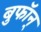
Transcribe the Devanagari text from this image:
बुफॉन्